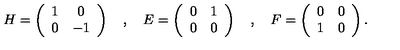
H = \left( \begin{array} { c c } { 1 } & { 0 } \\ { 0 } & { - 1 } \\ \end{array} \right) \quad , \quad E = \left( \begin{array} { c c } { 0 } & { 1 } \\ { 0 } & { 0 } \\ \end{array} \right) \quad , \quad F = \left( \begin{array} { c c } { 0 } & { 0 } \\ { 1 } & { 0 } \\ \end{array} \right) .